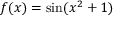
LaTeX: f ( x ) = \sin ( x ^ { 2 } + 1 )